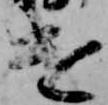
遣